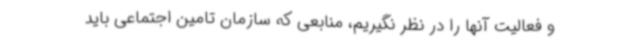
و فعالیت آنها را در نظر نگیریم، منابعی که سازمان تامین اجتماعی باید